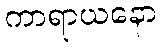
ကာရာယနော